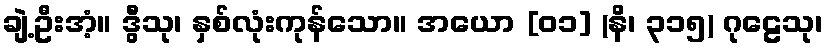
ချဲ့ဦးအံ့။ ဒွီသု၊ နှစ်လုံးကုန်သော။ အယော [၀၁] (နိ၊ ၃၁၅) ဂုဠေသု၊